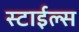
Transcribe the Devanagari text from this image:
स्टाईल्स